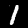
Label: 1